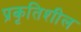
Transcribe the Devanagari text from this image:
प्रकृतिशील